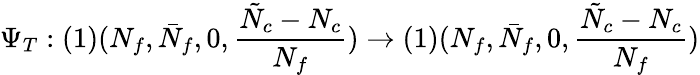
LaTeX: \Psi_{T}:(1)(N_{f},\bar{N}_{f},0,\frac{\tilde{N}_{c}-N_{c}}{N_{f}})\rightarrow(1)(N_{f},\bar{N}_{f},0,\frac{\tilde{N}_{c}-N_{c}}{N_{f}})